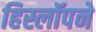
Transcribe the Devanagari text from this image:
हिस्लॉपने